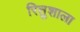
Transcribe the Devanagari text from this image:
रितुशाला